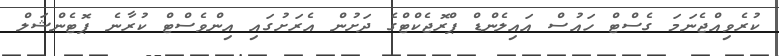
ކުރެވިއްޖެނަމަ ގެސްޓް ހައުސް އައިލެންޑް ޕްރޮޖެކްޓްގެ ދަށުން އެރަށުގައި އިންވެސްޓް ކުރާނެ ޕޮޓެންޝަލް